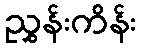
ညွှန်းကိန်း